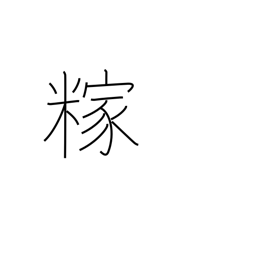
Meaning: rice hulls